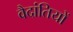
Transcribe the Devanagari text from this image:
वैदांतियों